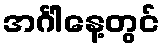
အင်္ဂါနေ့တွင်